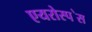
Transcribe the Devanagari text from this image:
एयरोस्प॓स